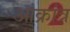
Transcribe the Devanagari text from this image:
आक्रांत्र